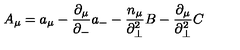
A _ { \mu } = a _ { \mu } - \frac { { \partial } _ { \mu } } { { \partial } _ { - } } a _ { - } - \frac { n _ { \mu } } { { \partial } _ { \bot } ^ { 2 } } B - \frac { { \partial } _ { \mu } } { { \partial } _ { \bot } ^ { 2 } } C